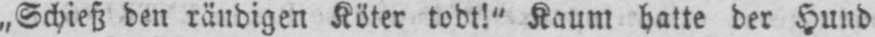
„Schieß den räudigen Köter todt!” Kaum hatte der Hund